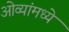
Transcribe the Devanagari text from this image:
ओव्यांमध्ये